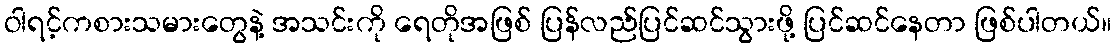
ဝါရင့်ကစားသမားတွေနဲ့ အသင်းကို ရေတိုအဖြစ် ပြန်လည်ပြင်ဆင်သွားဖို့ ပြင်ဆင်နေတာ ဖြစ်ပါတယ်။